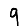
Digit: 9